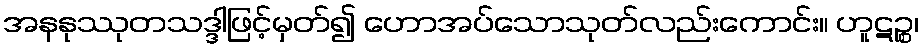
အနနုဿုတသဒ္ဒါဖြင့်မှတ်၍ ဟောအပ်သောသုတ်လည်းကောင်း။ ဟူဋဉ္စ၊